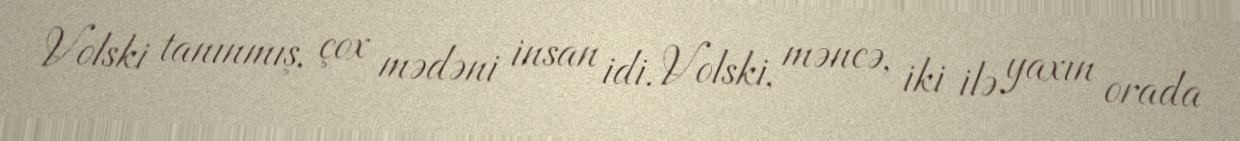
Volski tanınmış, çox mədəni insan idi. Volski, məncə, iki ilə yaxın orada